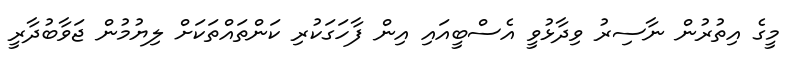
މީގެ އިތުރުން ނާސިރު ވިދާޅުވީ އެސްބީއައި އިން ފާހަގަކުރި ކަންތައްތަކަށް ލިޔުމުން ޖަވާބުދާރީ